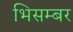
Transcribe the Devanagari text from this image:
भिसम्बर